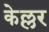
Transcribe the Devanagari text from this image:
केल्लर